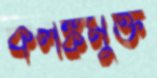
কলঙ্কমুক্ত